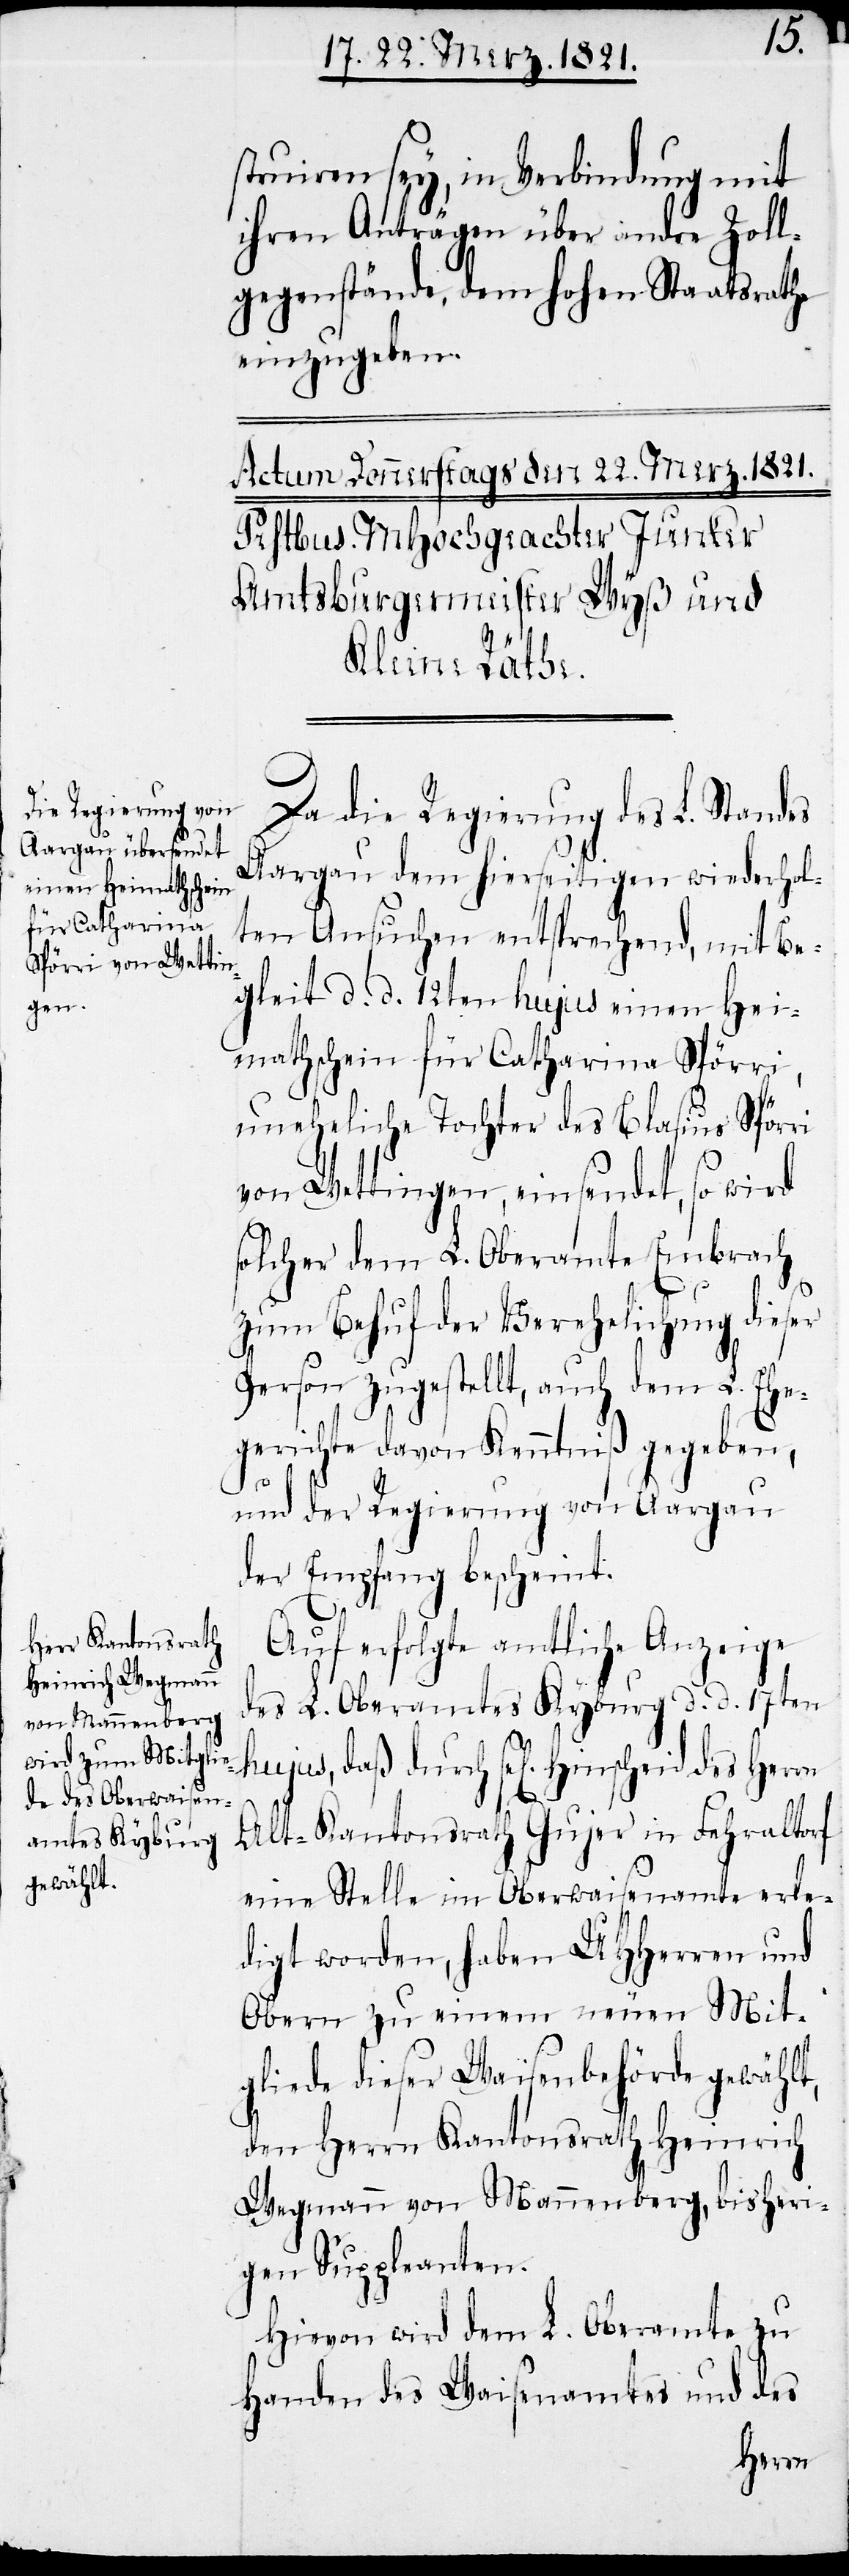
struiren sey, in Verbindung mit
ihren Anträgen über andre Zoll¬
gegenstände, dem hohen Staatsrathe
einzugeben.
Da die Regierung des L. Standes
Aargau dem hierseitigen wiederhol¬
ten Ansuchen entsprechend, mit Be¬
gleit d. d. 12ten hujus einen Hei¬
mathschein für Catharina Spörri,
uneheliche Tochter des Blasius Spörri
von Wettingen, einsendet, so wird
solcher dem L. Oberamte Embrach
zum Behuf der Verehelichung dieser
Person zugestellt, auch dem L. Ehe¬
gerichte davon Kenntniß gegeben,
und der Regierung von Aargau
der Empfang bescheint.
Auf erfolgte amtliche Anzeige
des L. Oberamtes Kyburg d. d. 17ten
Alt-Kantonsrath Gujer in Fehraltorf
eine Stelle im Oberwaisenamte erle¬
digt worden, haben UHHerren und
Obern zu einem neuen Mit¬
gliede dieser Waisenbehörde gewählt,
den Herrn Kantonsrath Heinrich
Wegmann von Mannenberg, bisheri¬
gen Suppleanten.
Hiervon wird dem L. Oberamte zu
Handen des Waisenamtes und des
Herrn